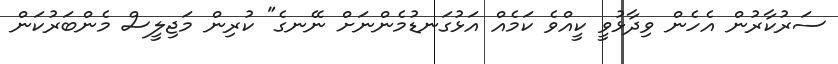
ސަރުކާރުން އެހެން ވިދާޅުވީ ކީއްވެ ކަމެއް އަޅުގަނޑުމެންނަށް ނޭނގެ" ކުރިން މަޖިލީސް މެންބަރުކަން